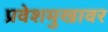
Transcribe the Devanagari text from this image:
प्रवेशमुखावर